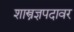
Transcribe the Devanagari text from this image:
शास्त्रज्ञपदावर